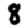
Digit: 8